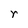
Character: r